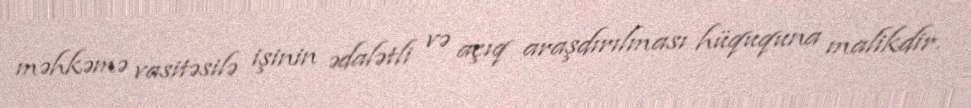
məhkəmə vasitəsilə işinin ədalətli və açıq araşdırılması hüququna malikdir.